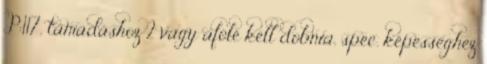
P:117, támadáshoz 2 vagy afölé kell dobnia, spec. képességhez